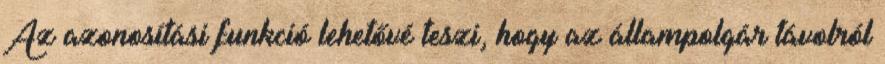
Az azonosítási funkció lehetővé teszi, hogy az állampolgár távolról